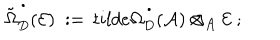
\tilde { \Omega } _ { D } ^ { \, ^ { \bullet } } ( { \mathcal E } ) \ : = \, t i l d e { \Omega } _ { D } ^ { \, ^ { \bullet } } ( { \mathcal A } ) \otimes _ { { \mathcal A } } { \mathcal E } \ ;